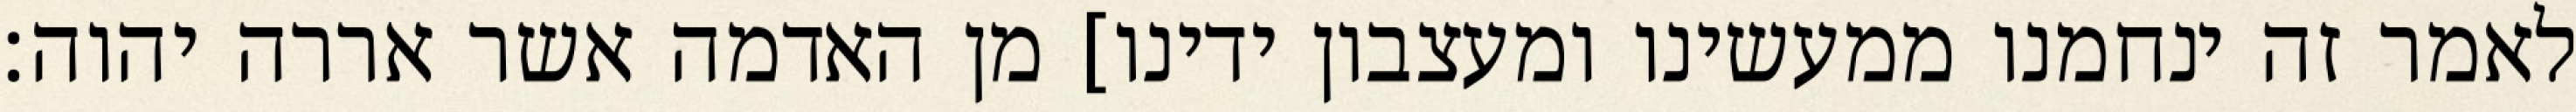
לאמר זה ינחמנו ממעשינו ומעצבון ידינו] מן האדמה אשר אררה יהוה׃